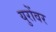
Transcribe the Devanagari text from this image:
युरोंवर